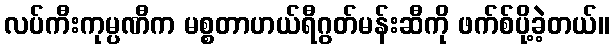
လပ်ကီးကုမ္ပဏီက မစ္စတာဟယ်ရီဂွတ်မန်းဆီကို ဖက်စ်ပို့ခဲ့တယ်။